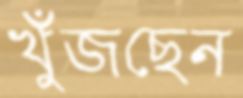
খুঁজছেন